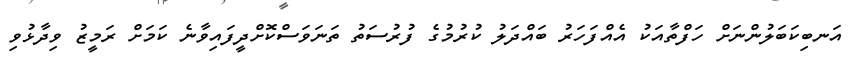
އަނބިކަބަލުންނަށް ހަފްތާއަކު އެއްފަހަރު ބައްދަލު ކުރުމުގެ ފުރުސަތު ތަނަވަސްކޮށްދީފައިވާނެ ކަމަށް ރަމީޒު ވިދާޅުވި